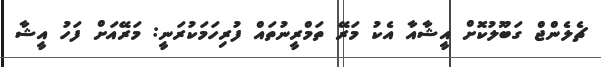
ޗެލެންޖް ގަބޫލުކޮށް އީޝާއާ އެކު މަރޭ ތަމްރީނުތައް ފުރިހަމަކުރަނީ: މަރޭއަށް ފަހު އީޝާ